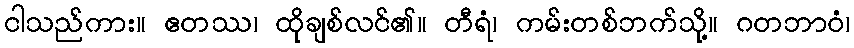
ငါသည်ကား။ ဧတဿ၊ ထိုချစ်လင်၏။ တီရံ၊ ကမ်းတစ်ဘက်သို့။ ဂတဘာဝံ၊